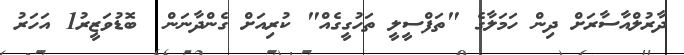
ދާރުލްއާސާރަށް ދިން ހަމަލާގެ "ތަފްސީލީ ތަހުގީގެެއް" ކުރިއަަށް ގެންދާނަން  ބޮޑުވަޒީރު1 އަހަރު